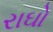
રાઘો